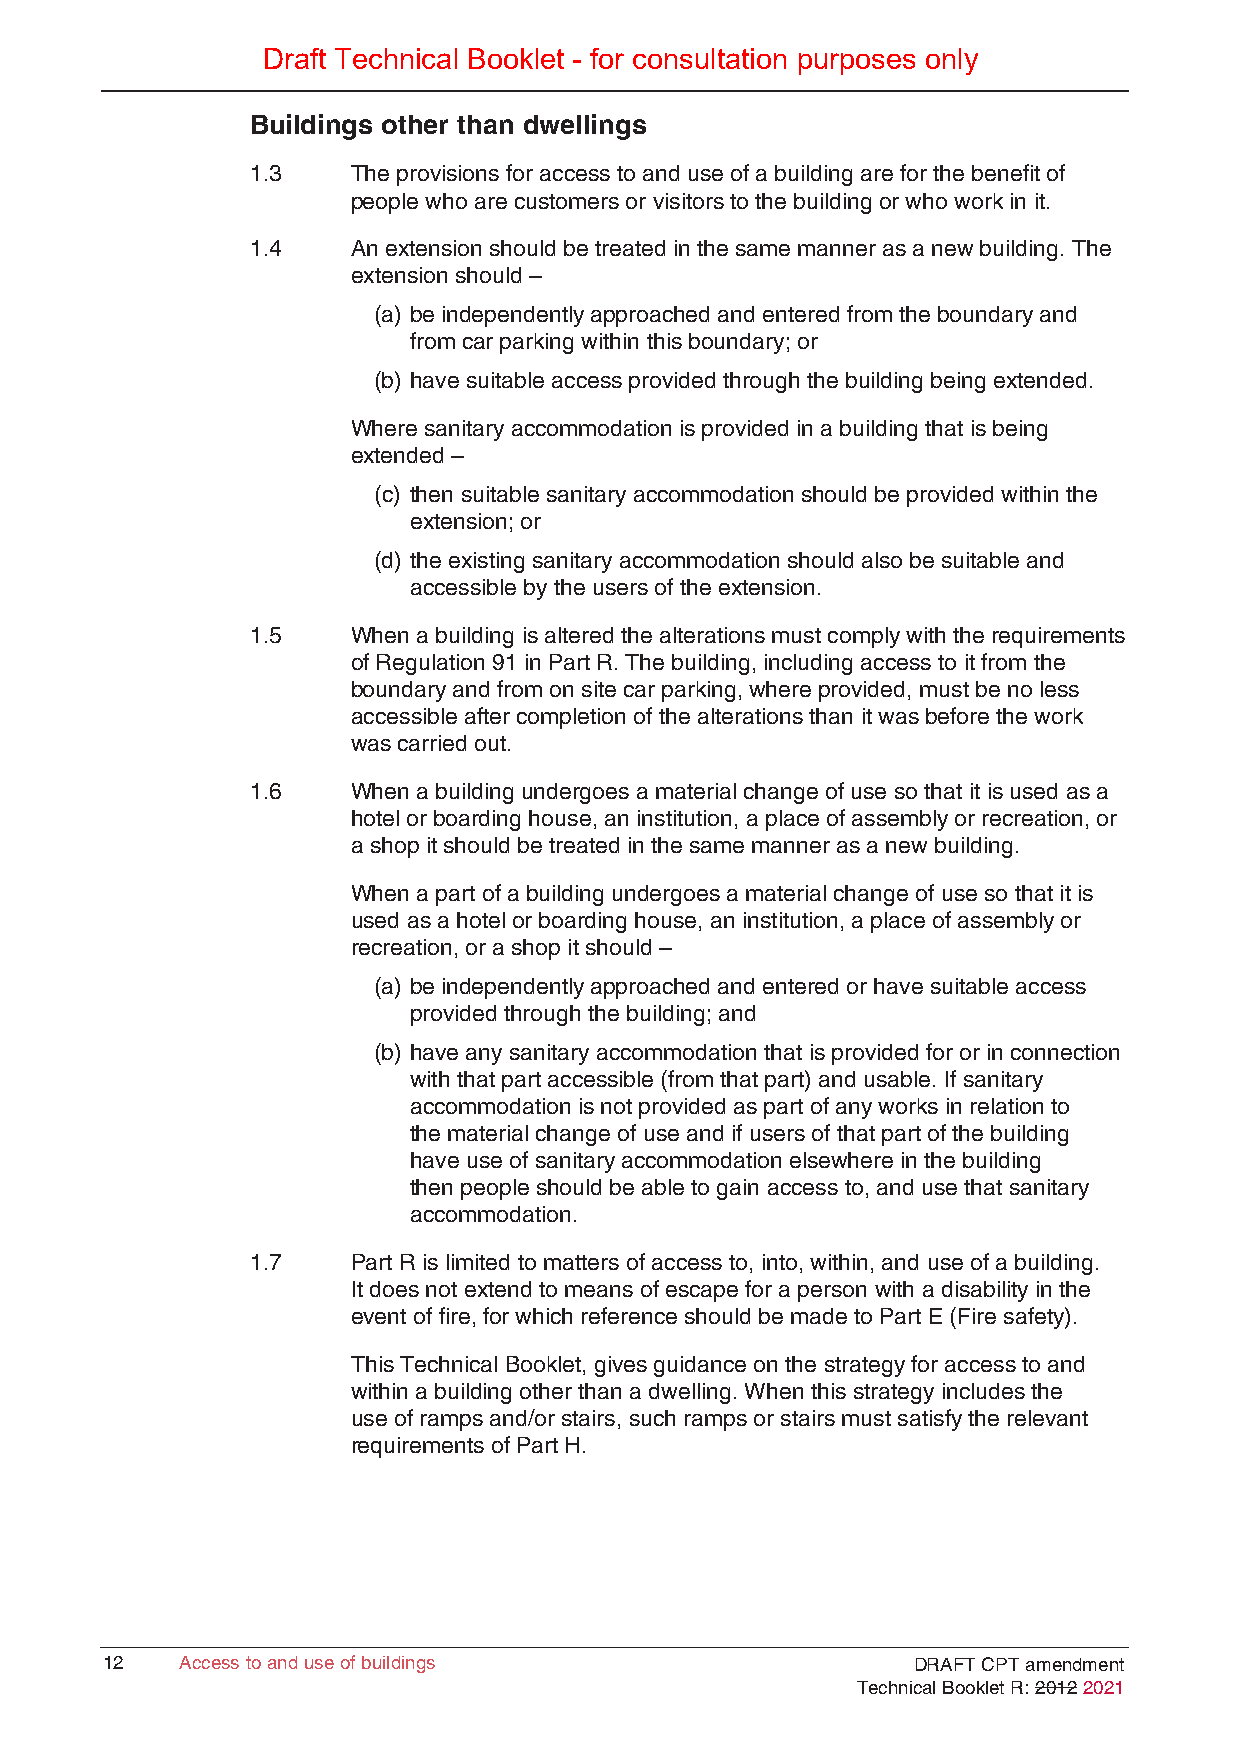
Draft Technical Booklet - for consultation purposes only
 Buildings other than dwellings
 1.3   The provisions for access to and use of a building are for the benefit of
 people who are customers or visitors to the building or who work in it.
 1.4   An extension should be treated in the same manner as a new building. The
 extension should –
 (a) be independently approached and entered from the boundary and
 from car parking within this boundary; or
 (b) have suitable access provided through the building being extended.
 Where sanitary accommodation is provided in a building that is being
 extended –
 (c) then suitable sanitary accommodation should be provided within the
 extension; or
 (d) the existing sanitary accommodation should also be suitable and
 accessible by the users of the extension.
 1.5   When a building is altered the alterations must comply with the requirements
 of Regulation 91 in Part R. The building, including access to it from the
 boundary and from on site car parking, where provided, must be no less
 accessible after completion of the alterations than it was before the work
 was carried out.
 1.6   When a building undergoes a material change of use so that it is used as a
 hotel or boarding house, an institution, a place of assembly or recreation, or
 a shop it should be treated in the same manner as a new building.
 When a part of a building undergoes a material change of use so that it is
 used as a hotel or boarding house, an institution, a place of assembly or
 recreation, or a shop it should –
 (a) be independently approached and entered or have suitable access
 provided through the building; and
 (b) have any sanitary accommodation that is provided for or in connection
 with that part accessible (from that part) and usable. If sanitary
 accommodation is not provided as part of any works in relation to
 the material change of use and if users of that part of the building
 have use of sanitary accommodation elsewhere in the building
 then people should be able to gain access to, and use that sanitary
 accommodation.
 1.7   Part R is limited to matters of access to, into, within, and use of a building.
 It does not extend to means of escape for a person with a disability in the
 event of fire, for which reference should be made to Part E (Fire safety).
 This Technical Booklet, gives guidance on the strategy for access to and
 within a building other than a dwelling. When this strategy includes the
 use of ramps and/or stairs, such ramps or stairs must satisfy the relevant
 requirements of Part H.
 1122 AAcccceessss ttoo aanndd uussee ooff bbuuiillddiinnggss DRAFT CPT amendment
 Technical Booklet R: 2012 2021